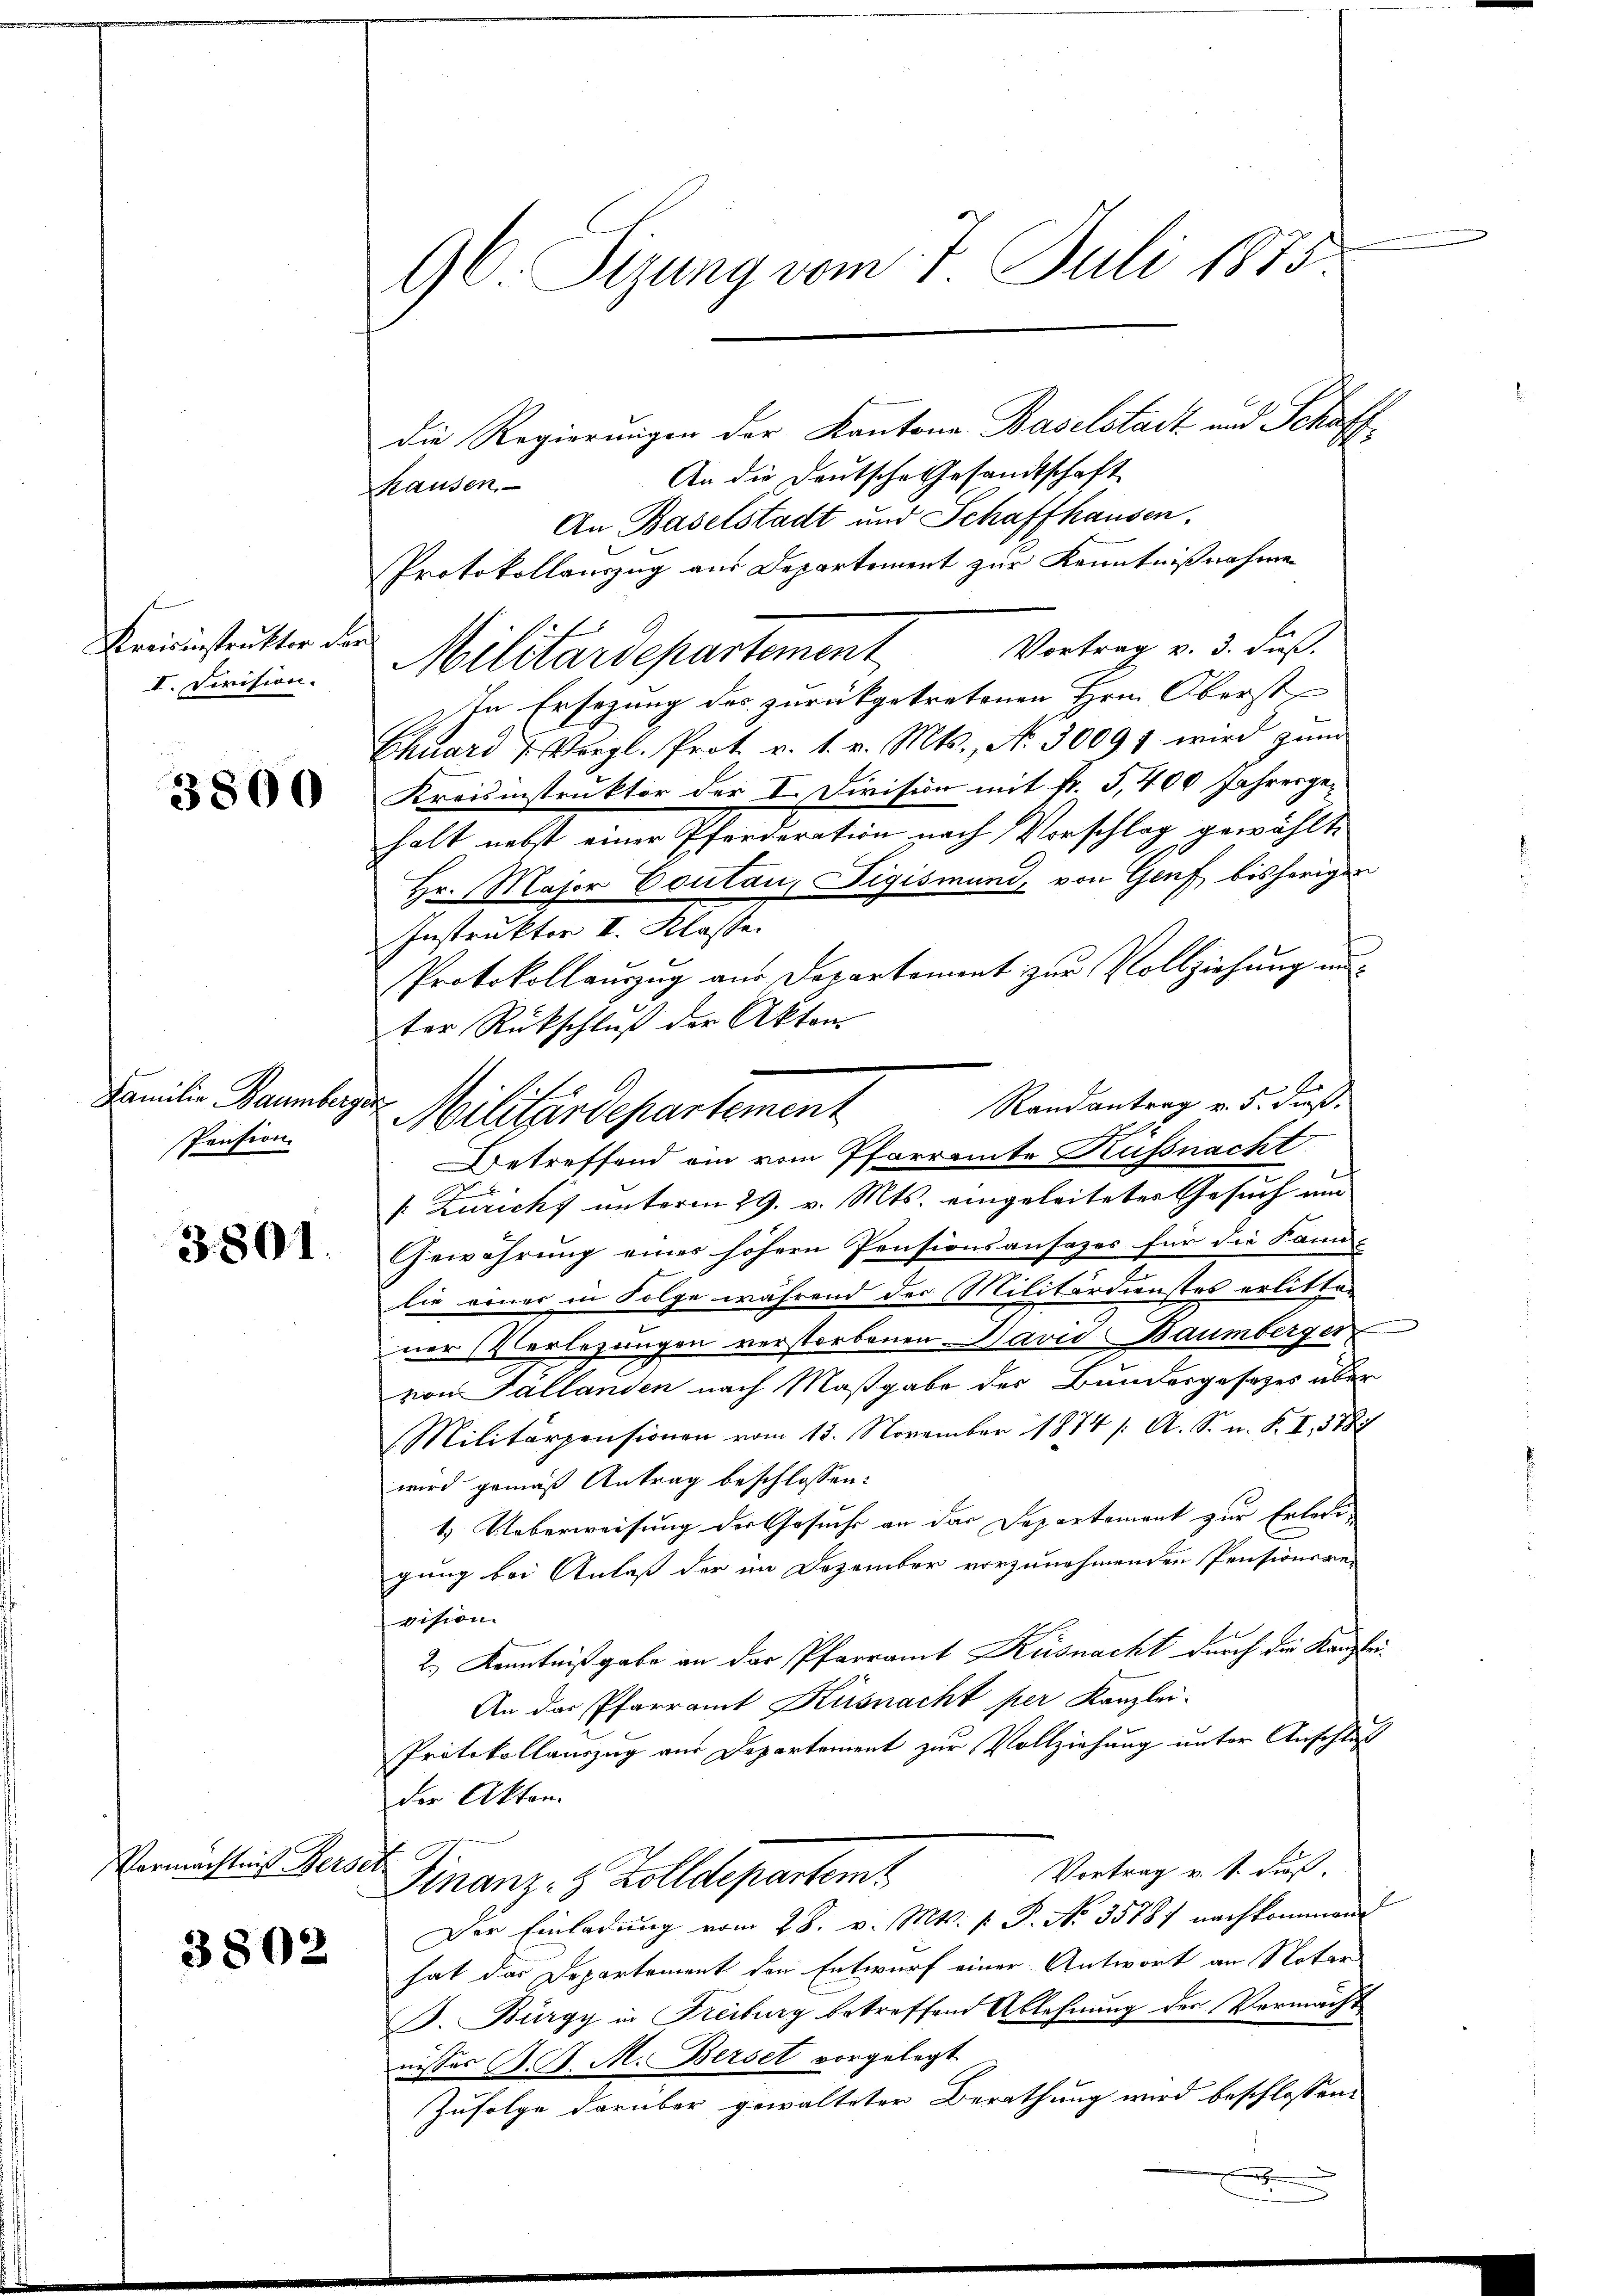
Kreisinstrukter der
I. Sevision.

3800

Familie Baumberger
Pension

3801.

Vermächtnis Bersei

3802

96. Sizung vom 7 Juli 1875

die Regierungen der Kantone Baselstadt und Schaff
An die Deutsche Gesandtschaft
Hausen.
An Baselstadt und Schaffhausen.
Protokollauszug aus Departement zur Kenntnißnahme
Militärdepartement Vortrag v. 5. Fuß.
In Ersezung des zurückgetretenen Hrn. Oberst
Chuard 7. Vergl. Prot. v. 1. v. Mts., No. 30097 wird zŭm
Kreisinstruktor der I. Division mit Fr. 5,400 Jahresgehalt nebst einer Pferderation nach Vorschlag gewählte
Hr. Major Contan, Figismund, von Genf bisherigen
Instrukter II. Klasse.
Protokollauszug aus Departement zur Vollziehung un
ter Rückschluß der Akten
Randantrag v. 5. dieß
Militärdepartement
Betreffend ein vom Pfarramte Küssnacht
 Züricht unterm 29. v. Mts. eingeleiteter Gesuch um
Gewährung eines höhere Pensionsansazes für die Kann-
lie einer in Folge während der Militärdienstes erlitten
ner Verlegungen verstorbenen David Baumberger
von Tallanden nach Maßgabe des Bundesgesetzes über
Militärpensionen vom 15. November 1874 /: A. S. n. F. I., 3787
wird gemäß Antrag beschlossen:
1.) Ueberweisung der Gesuche an das Departement zur Erledigung bei Anlaß der im Dezember vorzunehmenden Pensionsrevision.
2.) Kenntnißgabe an der Pfarramt Küsnacht durch die Kanzlei-
An das Pfarramt Küsnacht per Kanzlei-
Protokollauszug aus Departement zur Vollziehung unter Anschlus
der Akten
Vortrag u. s. Fuß.
Finanz- & Zolldepartem
Der Einladung vom 28. v. Mts. f. P. Nr. 35787 nachkommend
hat das Departement den Entwurf einer Antwort an Notar
. Bürgy in Freiburg betreffend Ablehnung der Vermacht
nisses K. A. M. Beiset vorgelegt.
Zufolge darüber gewalteter Berathung wird beschlossene
.